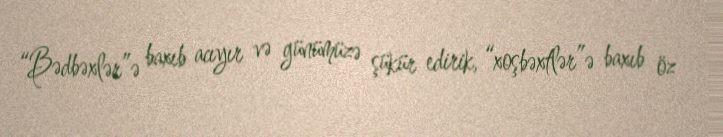
“Bədbəxlər”ə baxıb acıyır və günümüzə şükür edirik, “xoşbəxtlər”ə baxıb öz